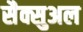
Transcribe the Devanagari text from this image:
सैक्सुअल